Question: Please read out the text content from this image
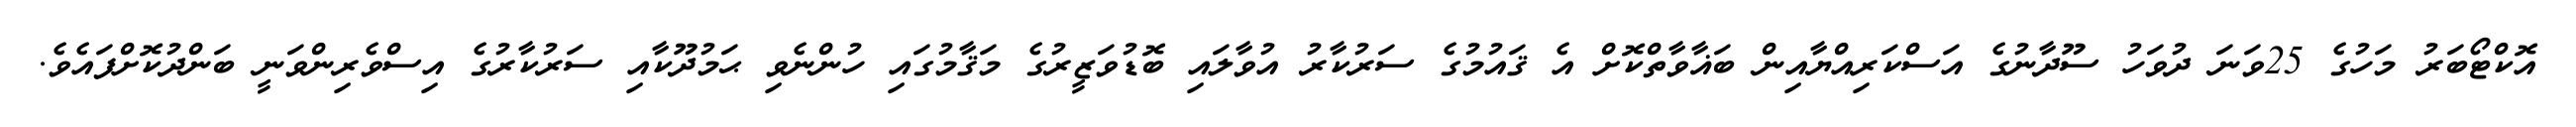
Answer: އޮކްޓޯބަރު މަހުގެ 25ވަނަ ދުވަހު ސޫދާނުގެ އަސްކަރިއްޔާއިން ބަޣާވާތްކޮށް އެ ޤައުމުގެ ސަރުކާރު އުވާލައި ބޮޑުވަޒީރުގެ މަޤާމުގައި ހުންނެވި ޙަމުދޫކާއި ސަރުކާރުގެ އިސްވެރިންވަނީ ބަންދުކޮށްފައެވެ.